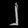
Digit: ၂